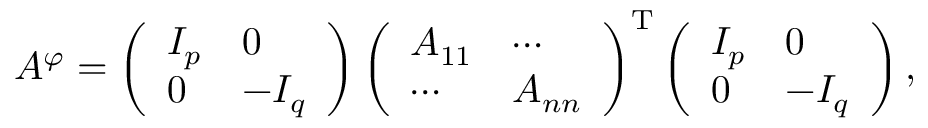
A ^ { \varphi } = \left( { \begin{array} { l l } { I _ { p } } & { 0 } \\ { 0 } & { - I _ { q } } \end{array} } \right) \left( { \begin{array} { l l } { A _ { 1 1 } } & { \cdots } \\ { \cdots } & { A _ { n n } } \end{array} } \right) ^ { \mathrm { T } } \left( { \begin{array} { l l } { I _ { p } } & { 0 } \\ { 0 } & { - I _ { q } } \end{array} } \right) ,